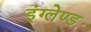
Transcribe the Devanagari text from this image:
इंग्लेण्ड